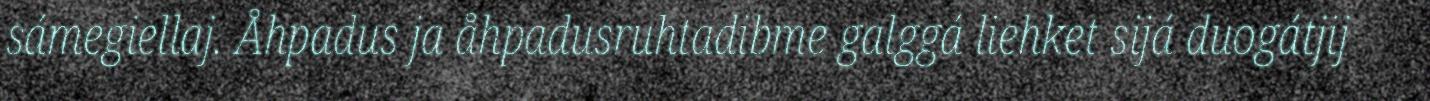
sámegiellaj. Åhpadus ja åhpadusruhtadibme galggá liehket sijá duogátjij